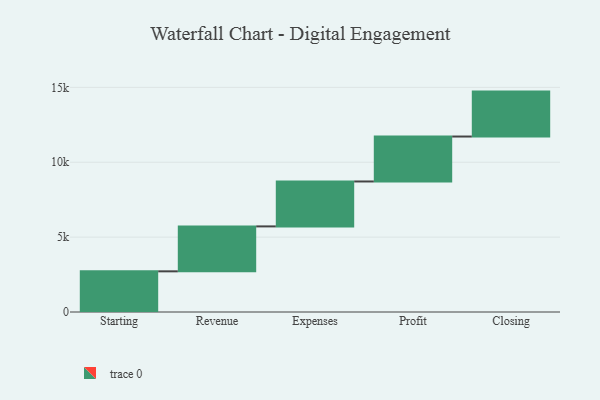
{"axis": {"x": "Step", "y": "Value"}, "legend": [""], "data": [{"x": "Starting", "y": 2715.0, "type": ""}, {"x": "Revenue", "y": 3000, "type": ""}, {"x": "Expenses", "y": 3000, "type": ""}, {"x": "Profit", "y": 3000, "type": ""}, {"x": "Closing", "y": 3000, "type": ""}]}